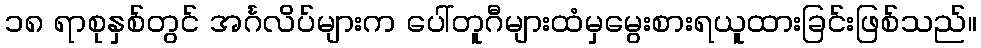
၁၈ ရာစုနှစ်တွင် အင်္ဂလိပ်များက ပေါ်တူဂီများထံမှမွေးစားရယူထားခြင်းဖြစ်သည်။